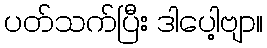
ပတ်သက်ပြီး ဒါပေါ့ဗျာ။